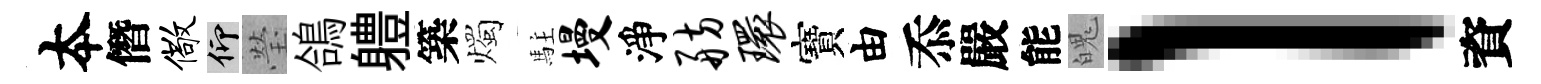
夲僭儆仰瑩鴿軆築燭駐墁淨舫环寶由忝嚴能魄l資